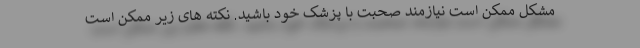
مشکل ممکن است نیازمند صحبت با پزشک خود باشید. نکته های زیر ممکن است